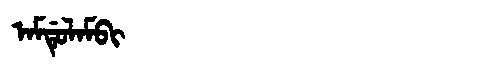
Manchu: ᠠᠮᡩᡠᠯᠠᠮᠪᡳ
Romanization: AMDULAMBI